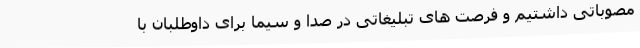
مصوباتی داشتیم و فرصت های تبلیغاتی در صدا و سیما برای داوطلبان با